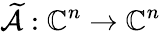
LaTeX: \widetilde{\mathcal{A}}:\mathbb{C}^{n}\to\mathbb{C}^{n}